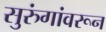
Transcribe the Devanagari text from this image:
सुरुंगांवरून